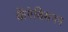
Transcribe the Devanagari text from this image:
कॅरेबियनन